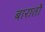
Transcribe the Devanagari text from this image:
बारातों